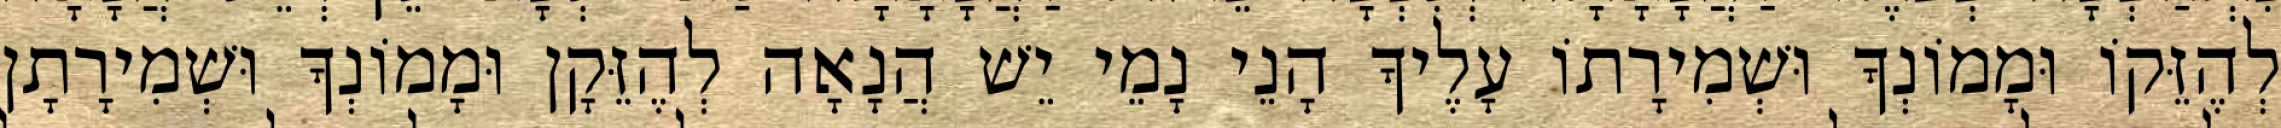
לְהֶזֵּקוֹ וּמָמוֹנְךָ וּשְׁמִירָתוֹ עָלֶיךָ הָנֵי נָמֵי יֵשׁ הֲנָאָה לְהֶזֵּקָן וּמָמוֹנְךָ וּשְׁמִירָתָן